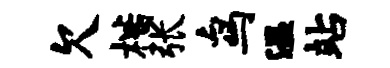
欠楷张鸟温站